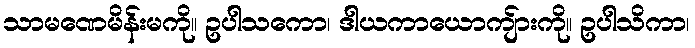
သာမဏေမိန်းမကို။ ဥပါသကော၊ ဒါယကာယောကျ်ားကို။ ဥပါသိကာ၊